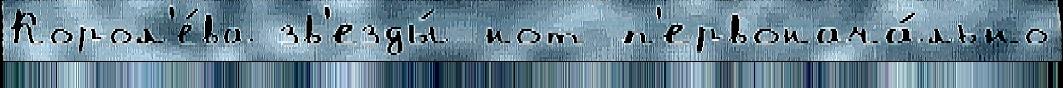
Корол'е́ва зв'езды́ нот п'ервонача́льно